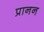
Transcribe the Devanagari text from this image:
प्रानन